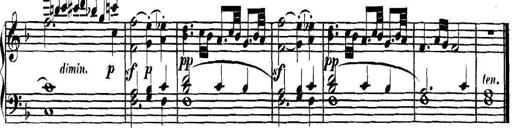
Title: Collected Piano Sonatas
Composer: Muzio Clementi